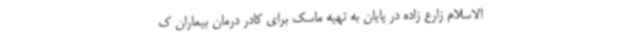
الاسلام زارع زاده در پایان به تهیه ماسک برای کادر درمان بیماران ک